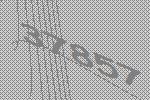
37857